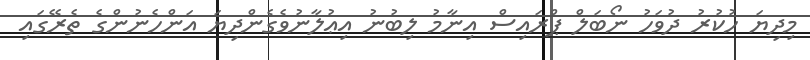
މިދިޔަ ހުކުރު ދުވަހު ނޯބަލް ޕްރައިސް އިނާމު ލިބުނު އިޢުލާނުވެގެންދިޔަ އަންހެނުންގެ ތެރޭގައި